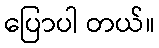
ပြောပါ တယ်။